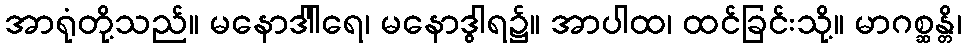
အာရုံတို့သည်။ မနောဒါါရေ၊ မနောဒွါရ၌။ အာပါထ၊ ထင်ခြင်းသို့။ မာဂစ္ဆန္တိ၊